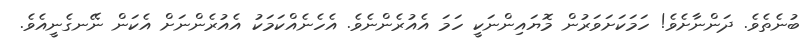
ބުނެތެވެ. ދަންނާށެވެ! ހަމަކަށަވަރުން މޮޔައިންނަކީ ހަމަ އެއުރެންނެވެ. އެހެނެއްކަމަކު އެއުރެންނަށް އެކަން ނޭނގެނީއެވެ.